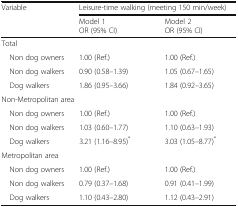
| <ROWSPAN=2> Variable | <COLSPAN=2> Leisure-time walking (meeting 150 min/week) |
 | Model 1OR (95% CI) | Model 2OR (95% CI) |
 | --- | --- | --- |
 | <COLSPAN=3> Total |
 | Non dog owners | 1.00 (Ref.) | 1.00 (Ref.) |
 | Non dog walkers | 0.90 (0.58–1.39) | 1.05 (0.67–1.65) |
 | Dog walkers | 1.86 (0.95–3.66) | 1.84 (0.92–3.65) |
 | <COLSPAN=3> Non-Metropolitan area |
 | Non dog owners | 1.00 (Ref.) | 1.00 (Ref.) |
 | Non dog walkers | 1.03 (0.60–1.77) | 1.10 (0.63–1.93) |
 | Dog walkers | 3.21 (1.16–8.95)* | 3.03 (1.05–8.77)* |
 | <COLSPAN=3> Metropolitan area |
 | Non dog owners | 1.00 (Ref.) | 1.00 (Ref.) |
 | Non dog walkers | 0.79 (0.37–1.68) | 0.91 (0.41–1.99) |
 | Dog walkers | 1.10 (0.43–2.80) | 1.12 (0.43–2.91) |